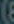
(